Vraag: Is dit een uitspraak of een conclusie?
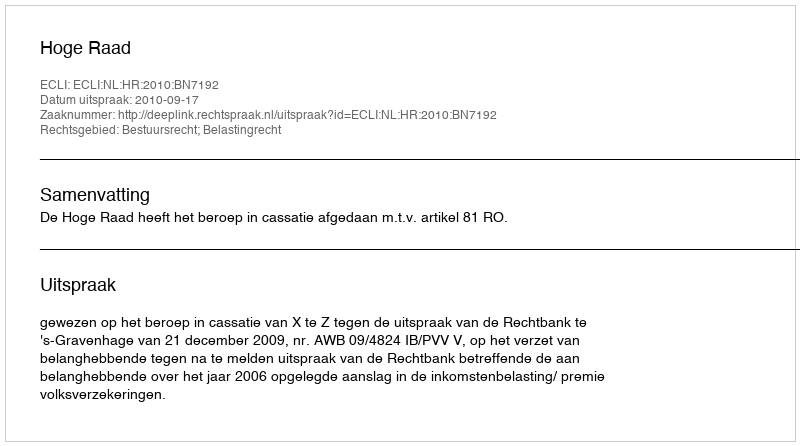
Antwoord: Uitspraak